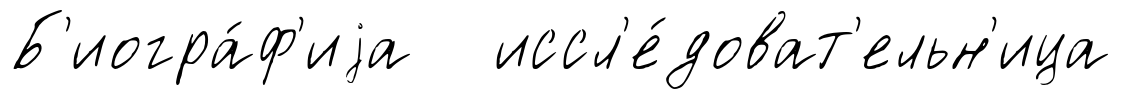
Б'иогра́ф'иjа иссл'е́доват'ельн'ица